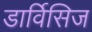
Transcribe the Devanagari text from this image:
डार्विसिज